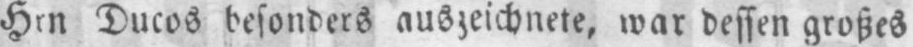
Hrn Ducos besonders auszeichnete, war dessen großes